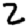
Digit: 2